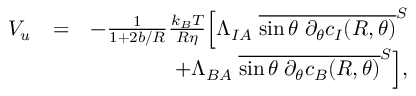
\begin{array} { r l r } { V _ { u } } & { = } & { - \frac { 1 } { 1 + 2 b / R } \frac { k _ { B } T } { R \eta } \Big [ \Lambda _ { I A } \; \overline { { \sin \theta \; \partial _ { \theta } c _ { I } ( R , \theta ) } } ^ { S } } \\ & { } & { + \Lambda _ { B A } \; \overline { { \sin \theta \; \partial _ { \theta } c _ { B } ( R , \theta ) } } ^ { S } \Big ] , } \end{array}